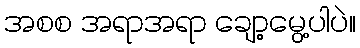
အစစ အရာအရာ ချော့မွေ့ပါပဲ။